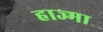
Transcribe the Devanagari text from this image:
हाज्मा